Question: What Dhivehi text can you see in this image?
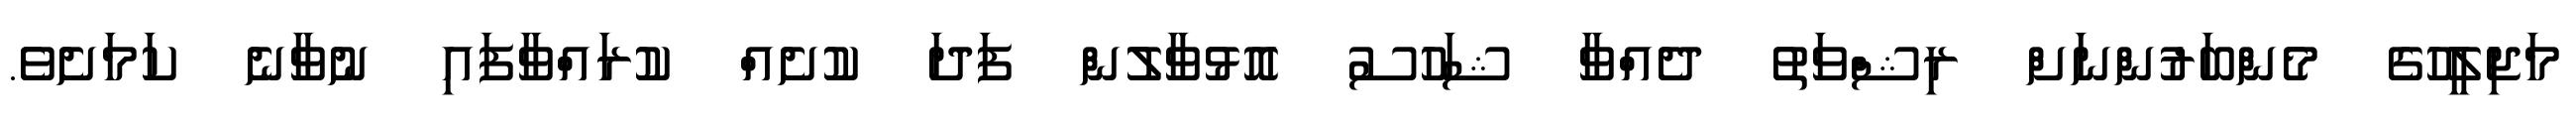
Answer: މަޖިލީހުގެ މެންބަރުންނަށް ރިޝްވަތު ދެއްވާ ޝަހުސު އޮޅުވާލުން ފަދަ ކުށެއް ކުރައްވާފައި ނުވާނެ ކަމަށެވެ.